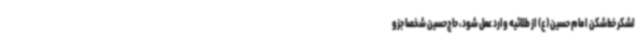
لشکر خط‌شکن امام حسین (ع) از طلائیه وارد عمل شود، حاج‌حسین شخصاً جزو